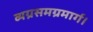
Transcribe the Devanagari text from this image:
व्यग्रसमग्रमार्ग।